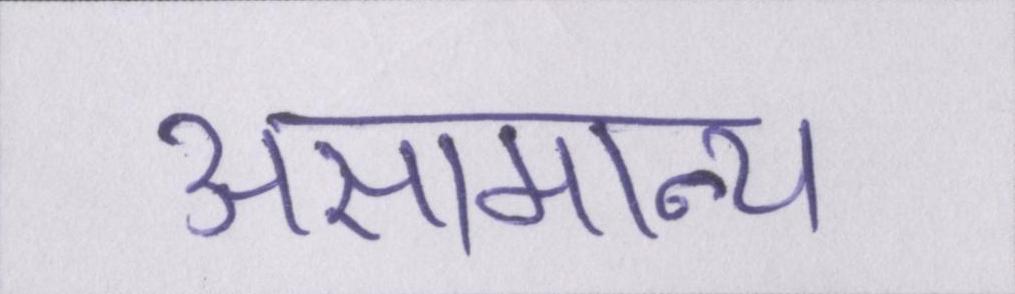
असामान्य